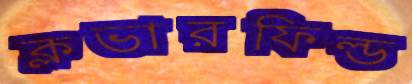
ক্লভারফিল্ড